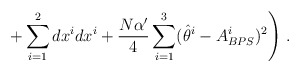
\begin{align*}\left. + \sum_{i=1}^2 dx^i dx^i +\frac{N \alpha'}{4} \sum_{i=1}^3 (\hat \theta^i - A^i_{BPS})^2 \right)\,.\end{align*}